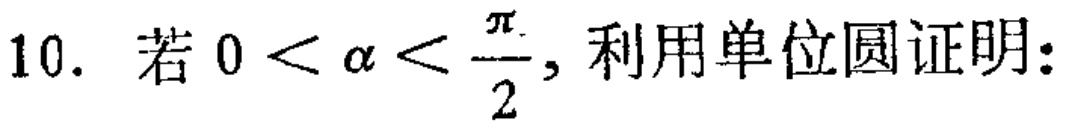
10. 若 \(0 < \alpha < \frac{\pi}{2}\)，利用单位圆证明：